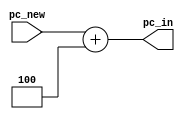
`timescale 1ns / 1ps
//////////////////////////////////////////////////////////////////////////////////
// Company: 
// Engineer: 
// 
// Design Name: 
// Module Name:    pc_inc 
// Project Name: 
// Target Devices: 
// Tool versions: 
// Description: 
//
// Dependencies: 
//
// Revision: 
// Revision 0.01 - File Created
// Additional Comments: 
//
//////////////////////////////////////////////////////////////////////////////////
module pc_inc(
		input [31:0] pc_new,
		output [31:0] pc_in
    );
//Module for the increment of the
//PC to PC+4 in every case.

assign pc_in = pc_new + 32'd4;

endmodule